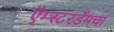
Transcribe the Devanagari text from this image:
ऍम्स्टरडॅमचा